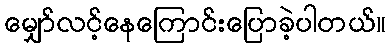
မျှော်လင့်နေကြောင်းပြောခဲ့ပါတယ်။